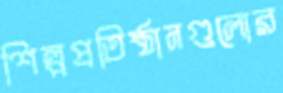
শিল্পপ্রতিষ্ঠানগুলোর